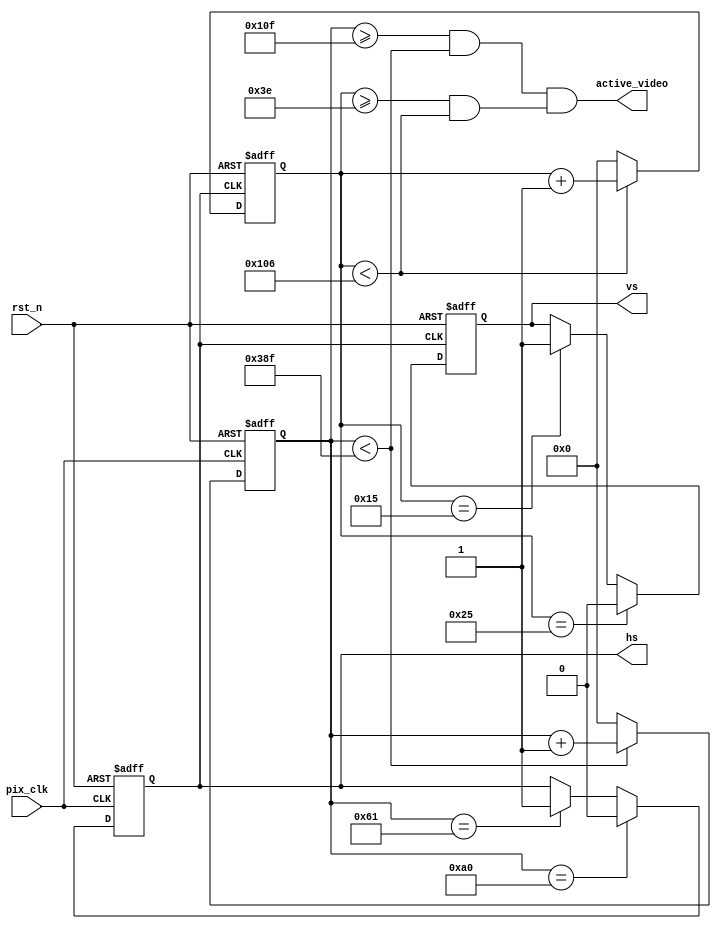

module cga_gen
#(// Horizontal
    parameter H_FRONT = 98, // Front porch
    parameter H_SYNC  = 63, // Sync
    parameter H_BACK  = 110, // Back porch
    parameter H_ACT   = 640,// Active pixels
    parameter H_BLANK = H_FRONT+H_SYNC+H_BACK, // Total blanking
    parameter H_TOTAL = H_FRONT+H_SYNC+H_BACK+H_ACT, // Total length

    // Vertical
    parameter V_FRONT = 22, // Front porch 
    parameter V_SYNC  = 16,  // Sync
    parameter V_BACK  = 24, // Back porch
    parameter V_ACT   = 200,// Active lines
    parameter V_BLANK = V_FRONT+V_SYNC+V_BACK, // Total blanking
    parameter V_TOTAL = V_FRONT+V_SYNC+V_BACK+V_ACT // Total length
)
(
    input wire rst_n,           //Reset
    input wire pix_clk,         //Pixel clock
    output reg hs,              //Horizontal sync
    output reg vs,              //Vertical sync
    output wire active_video    //Video active
);

reg [10:0] H_Cont;  //Horizontal counter
reg [10:0] V_Cont;  //Vertical counter
assign active_video = ((H_Cont>=H_BLANK && H_Cont<H_TOTAL)&&
                   (V_Cont>=V_BLANK && V_Cont<V_TOTAL));
                   
always @(posedge pix_clk or negedge rst_n)
begin
  if(!rst_n)
  begin
    H_Cont <= 0;
    hs <= 0;
  end
  else
  begin
    if(H_Cont<H_TOTAL)
        H_Cont <= H_Cont + 1'b1;
    else
        H_Cont <= 0;
    if(H_Cont==H_FRONT-1)
        hs <= 1'b1;
    if(H_Cont==H_FRONT+H_SYNC-1)
        hs <= 1'b0;
  end 
end

always@(posedge hs or negedge rst_n)
begin
  if(!rst_n)
  begin
    V_Cont <= 0;
    vs <= 0;
  end
  else
  begin
    if(V_Cont<V_TOTAL)
      V_Cont <= V_Cont+1'b1;
    else
      V_Cont <= 0;
    if(V_Cont==V_FRONT-1)
      vs <= 1'b1;
    if(V_Cont==V_FRONT+V_SYNC-1)
      vs <= 1'b0;
  end
end



endmodule